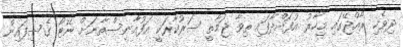
ދިވެހި ރާއްޖޭގައި މިހާރު އުފައްދާފައި ތިވާ ޖަމާތީ ސަރުކާރަކީ އަފުއާނިސްތާނަށް ނޭޓޯ ގެސިފައިން